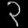
Digit: ၃